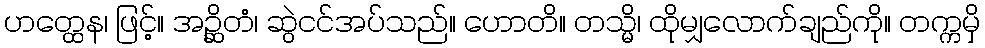
ဟတ္ထေန၊ ဖြင့်။ အဉ္ဆိတံ၊ ဆွဲငင်အပ်သည်။ ဟောတိ။ တသ္မိ၊ ထိုမျှလောက်ချည်ကို။ တက္ကမှိ